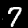
Label: 7